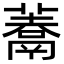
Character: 𩱀